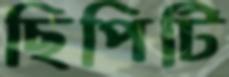
ছিপিটি